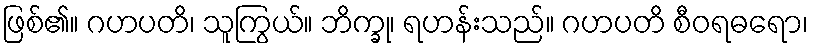
ဖြစ်၏။ ဂဟပတိ၊ သူကြွယ်။ ဘိက္ခု၊ ရဟန်းသည်။ ဂဟပတိ စီဝရဓရော၊